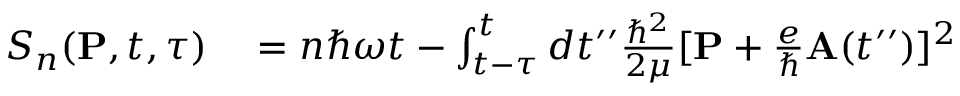
\begin{array} { r l } { S _ { n } ( { \bf P } , t , \tau ) } & { { } = n \hbar \omega t - \int _ { t - \tau } ^ { t } d t ^ { \prime \prime } \frac { \hbar ^ { 2 } } { 2 \mu } [ { \bf P } + \frac { e } { \hbar } { \bf A } ( t ^ { \prime \prime } ) ] ^ { 2 } } \end{array}